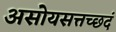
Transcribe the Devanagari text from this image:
असोयसत्तच्छदं